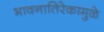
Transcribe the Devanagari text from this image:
भावनातिरेकामुळे